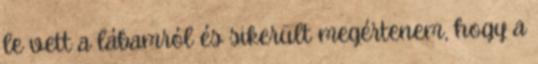
le vett a lábamról és sikerült megértenem, hogy a